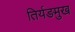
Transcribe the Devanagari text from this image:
तिर्यङमुख